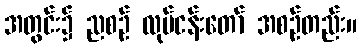
အတွင်း၌ ညစဉ် လုပ်ငန်းတော် အစဉ်တည်း။